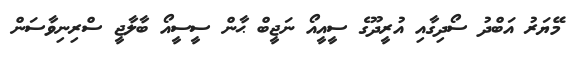
މޭޔަރު އަބްދު ސޯދިގާއި އުރީދޫގެ ސީއީއޯ ނަޖީބް ޙާން ސީސީއޯ ބާލާޖީ ސްރިނިވާސަން